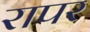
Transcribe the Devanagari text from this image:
रापर